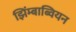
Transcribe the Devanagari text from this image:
झिंम्बाब्वियन